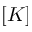
[ K ]